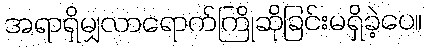
အရာရှိမျှလာရောက်ကြိုဆိုခြင်းမရှိခဲ့ပေ။